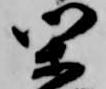
閑